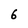
Character: 6